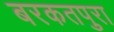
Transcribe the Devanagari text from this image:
बरकतपुरा